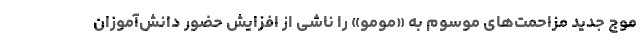
موج جدید مزاحمت‌ھای موسوم به «مومو» را ناشی از افزایش حضور دانش‌آموزان